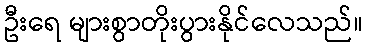
ဦးရေ များစွာတိုးပွားနိုင်လေသည်။